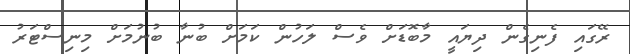
ރޭގައި ފެނިގެން ދިޔައީ މާބޮޑަށް ވެސް ލަހުން ކަމަށް ބުނާ ބުނުމަށް މިނިސްޓަރު